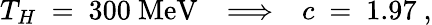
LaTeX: T_{H}~=~300~\mathrm{MeV}~~~\Longrightarrow~~~c~=~1.97~,